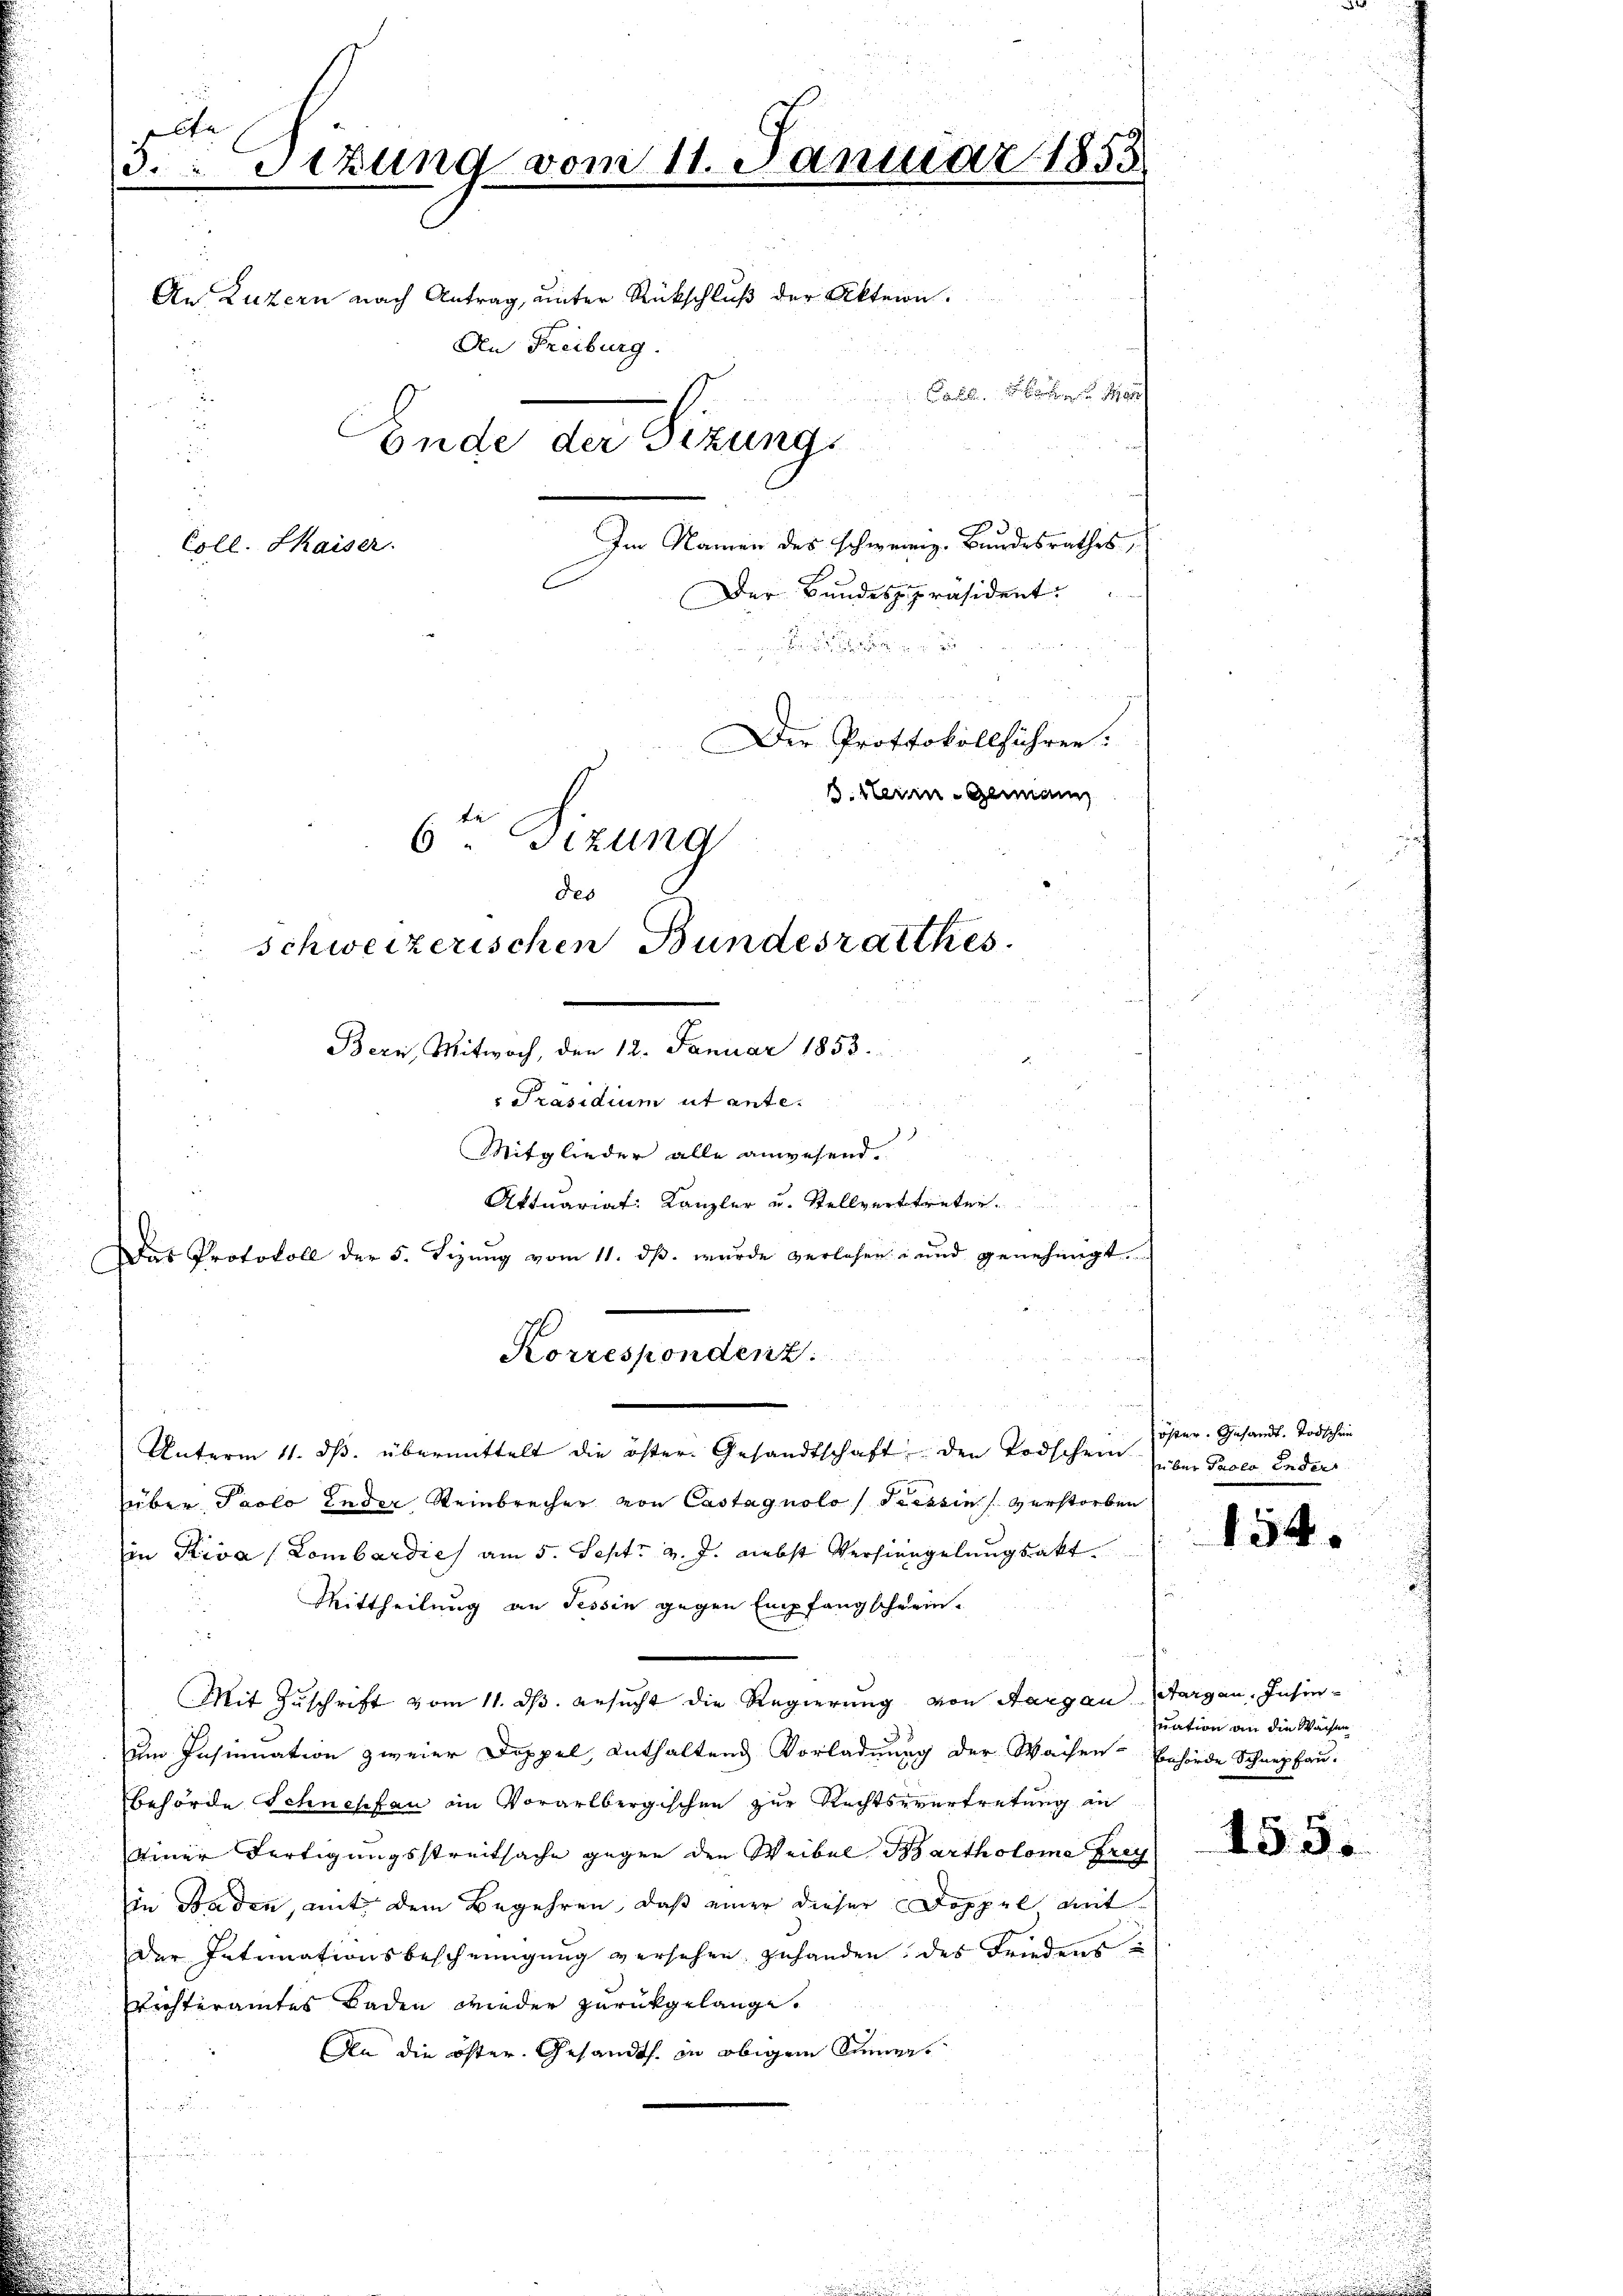
Ct
3.Sizung vom 11. Januar 1853
An Luzern nach Antrag, unter Rückschluß der Akten.
An Freiburg.
Ende der Sitzung
Im Namen des schweiz. Bundesrathes,
Coll. Kaiser.
Der Bundespräsident.

Der Protokollführen.
6ten Sizung
des
schweizerischen Bundesrathes.
Bern, Mitwoch, den 12. Januar 1853.
 Präsidium ut ante.

s
Mitglieder alle anwesend.
Aktuariat Kanzler u. Stellvertreten.
Das Protokoll der 5. Sizŭng vom 11. dβ. wurde verlesen - und genehmigt.

Korrespondenz.
Unterm 11. ds. übermittelt die öster Gesandtschaft den Todschein über Sacco Ender

über Paolo Leder Steinbrecher von Castagnolo /Pressin verstorben
in Riva (Lombardies am 5. Sept. v. J. nebst Versinngelungsakt
Mittheilung an Tessin gegen Empfangschwein-
Mit Zuschrift vom 11. ds. ansucht die Regierung von Aargau Margau, Insinum Insinuation zweier Doppel, enthaltend Vorladung der Waisen Behörde Schnepfau-
behörde Schneefan in Vorarlbergischen zur Rechtsvertretung an
einer Fertigungsstreitsache gegen den Weibel Bartholoma Frey
in Baden, mit dem Begehren, daß einer dieser Doppel mit
der Intimationsbescheinigung versehen zuhanden des Friedens¬
Vichteramtes Baden wieder zurückgelange.
An die öster Gesandts. in obigem Sinner
n

Cahl. Sache
1. Herin Genann

öster. Gesandt. Todschen

154.

Quation an die Wachten

155.